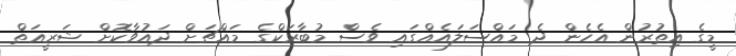
މީގެ އިތުރުން އެހެން ދެ މައްސަލައެއްގައި ވެސް މުބާރަކްގެ މައްޗަށް ދައުވާކޮށް ޝަރީއަތް